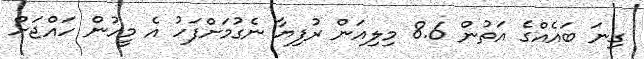
ގިނަ ބައެއްގެ އަތުން 8.6 މިލިއަން ރުފިޔާ ނެގުމަށްފަހު އެ މީހުން ހައްޖަށް